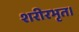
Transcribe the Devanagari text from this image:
शरीरभृत।